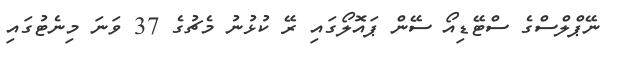
ނޭޕްލްސްގެ ސްޓޭޑިއޯ ސޭން ޕައޮލޯގައި ރޭ ކުޅުނު މެޗުގެ 37 ވަނަ މިނެޓުގައި